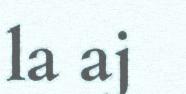
la aj